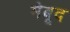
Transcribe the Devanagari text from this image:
मेबूद